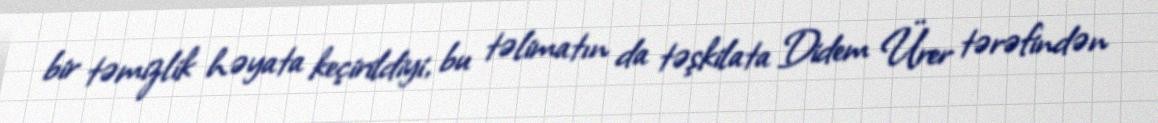
bir təmizlik həyata keçirildiyi, bu təlimatın da təşkilata Didem Ürer tərəfindən